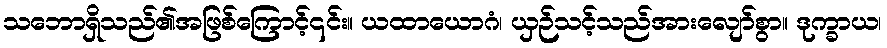
သဘောရှိသည်၏အဖြစ်ကြောင့်၎င်း။ ယထာယောဂံ၊ ယှဉ်သင့်သည်အားလျော်စွာ။ ဒုက္ခာယ၊